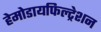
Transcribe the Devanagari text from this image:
हेमोडायफिल्ट्रेशन